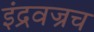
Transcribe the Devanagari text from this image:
इंद्रवज्रच